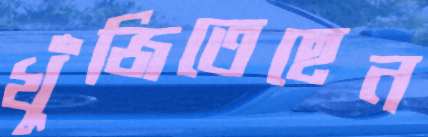
খুঁজিতেছেন